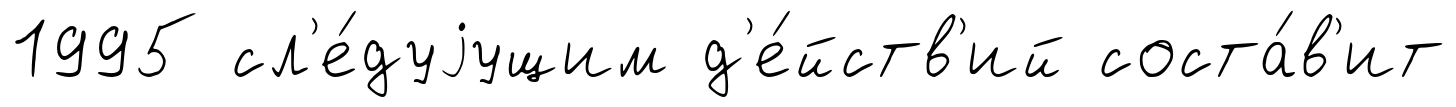
1995 сл'е́дуjущим д'е́йств'ий соста́в'ит